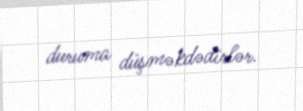
duruma düşməkdədirlər.